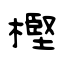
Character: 樫